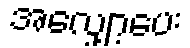
အလျှော့ပေး